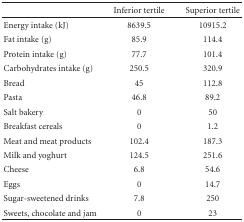
|  | Inferior tertile | Superior tertile |
 | --- | --- | --- |
 | Energy intake (kJ) | 8639.5 | 10915.2 |
 | Fat intake (g) | 85.9 | 114.4 |
 | Protein intake (g) | 77.7 | 101.4 |
 | Carbohydrates intake (g) | 250.5 | 320.9 |
 | Bread | 45 | 112.8 |
 | Pasta | 46.8 | 89.2 |
 | Salt bakery | 0 | 50 |
 | Breakfast cereals | 0 | 1.2 |
 | Meat and meat products | 102.4 | 187.3 |
 | Milk and yoghurt | 124.5 | 251.6 |
 | Cheese | 6.8 | 54.6 |
 | Eggs | 0 | 14.7 |
 | Sugar-sweetened drinks | 7.8 | 250 |
 | Sweets, chocolate and jam | 0 | 23 |